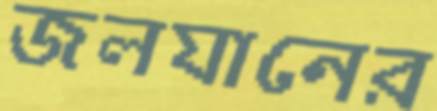
জলযানের